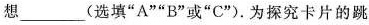
想___(选填“A”“B”或“C”)。为探究卡片的跳